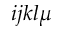
i j k l \mu